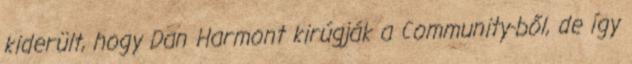
kiderült, hogy Dan Harmont kirúgják a Community-ből, de így